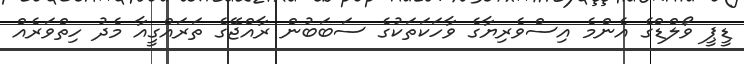
ޑީޕީ ވޯލްޑްގެ އެންމެ އިސްވެރިޔާގެ ވާހަކަތަކުގެ ސަބަބުން ރާއްޖޭގެ ތަރައްގީއާ މެދު ހިތްވަރެއް